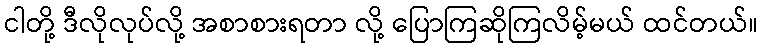
ငါတို့ ဒီလိုလုပ်လို့ အစာစားရတာ လို့ ပြောကြဆိုကြလိမ့်မယ် ထင်တယ်။